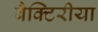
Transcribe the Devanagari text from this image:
बैक्टिरीया